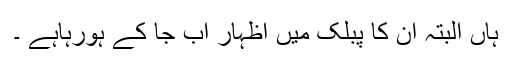
ہاں البتہ ان کا پبلک میں اظہار اب جا کے ہورہاہے ۔